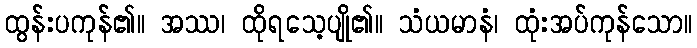
ထွန်းပကုန်၏။ အဿ၊ ထိုရသေ့ပျို၏။ သံယမာနံ၊ ထုံးအပ်ကုန်သော။